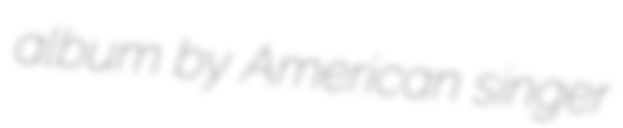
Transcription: album by American singer